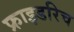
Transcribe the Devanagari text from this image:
फ्राइडरिच